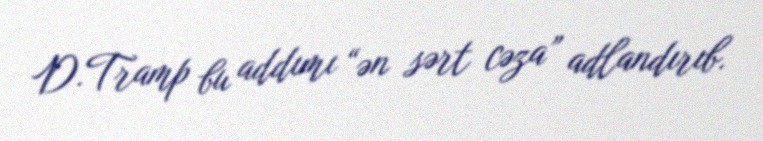
D.Tramp bu addımı “ən sərt cəza” adlandırıb.